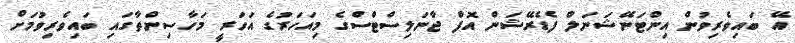
އޭ ބައިވެރިވުން އިންޓަނޭޝަނަލް ފެޑެރޭޝަން އޮފް ޖާނަލިސްޓްސްގެ މިއަހަރުގެ އަހަރީ މަހާސިންތާގައި ބައިވެރިވުމަށް